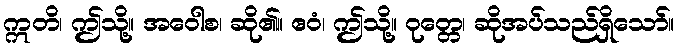
ဣတိ၊ ဤသို့။ အဝေါစ၊ ဆို၏။ ဧဝံ၊ ဤသို့။ ဝုတ္တေ၊ ဆိုအပ်သည်ရှိသော်။